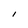
Character: I